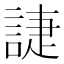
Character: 誱